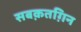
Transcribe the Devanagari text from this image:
सबक़तग़िन